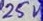
Text: 25V